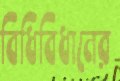
বিধিবিধানের